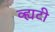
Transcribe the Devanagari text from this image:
व्ह्यटी